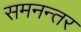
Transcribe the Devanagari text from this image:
समनन्तर